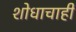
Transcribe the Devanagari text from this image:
शोधाचाही